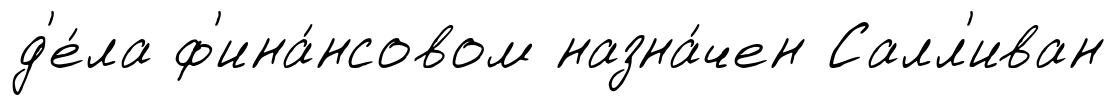
д'е́ла ф'ина́нсовом назна́чен Салл'иван